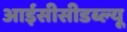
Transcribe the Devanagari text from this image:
आईसीसीडब्‍ल्‍यू